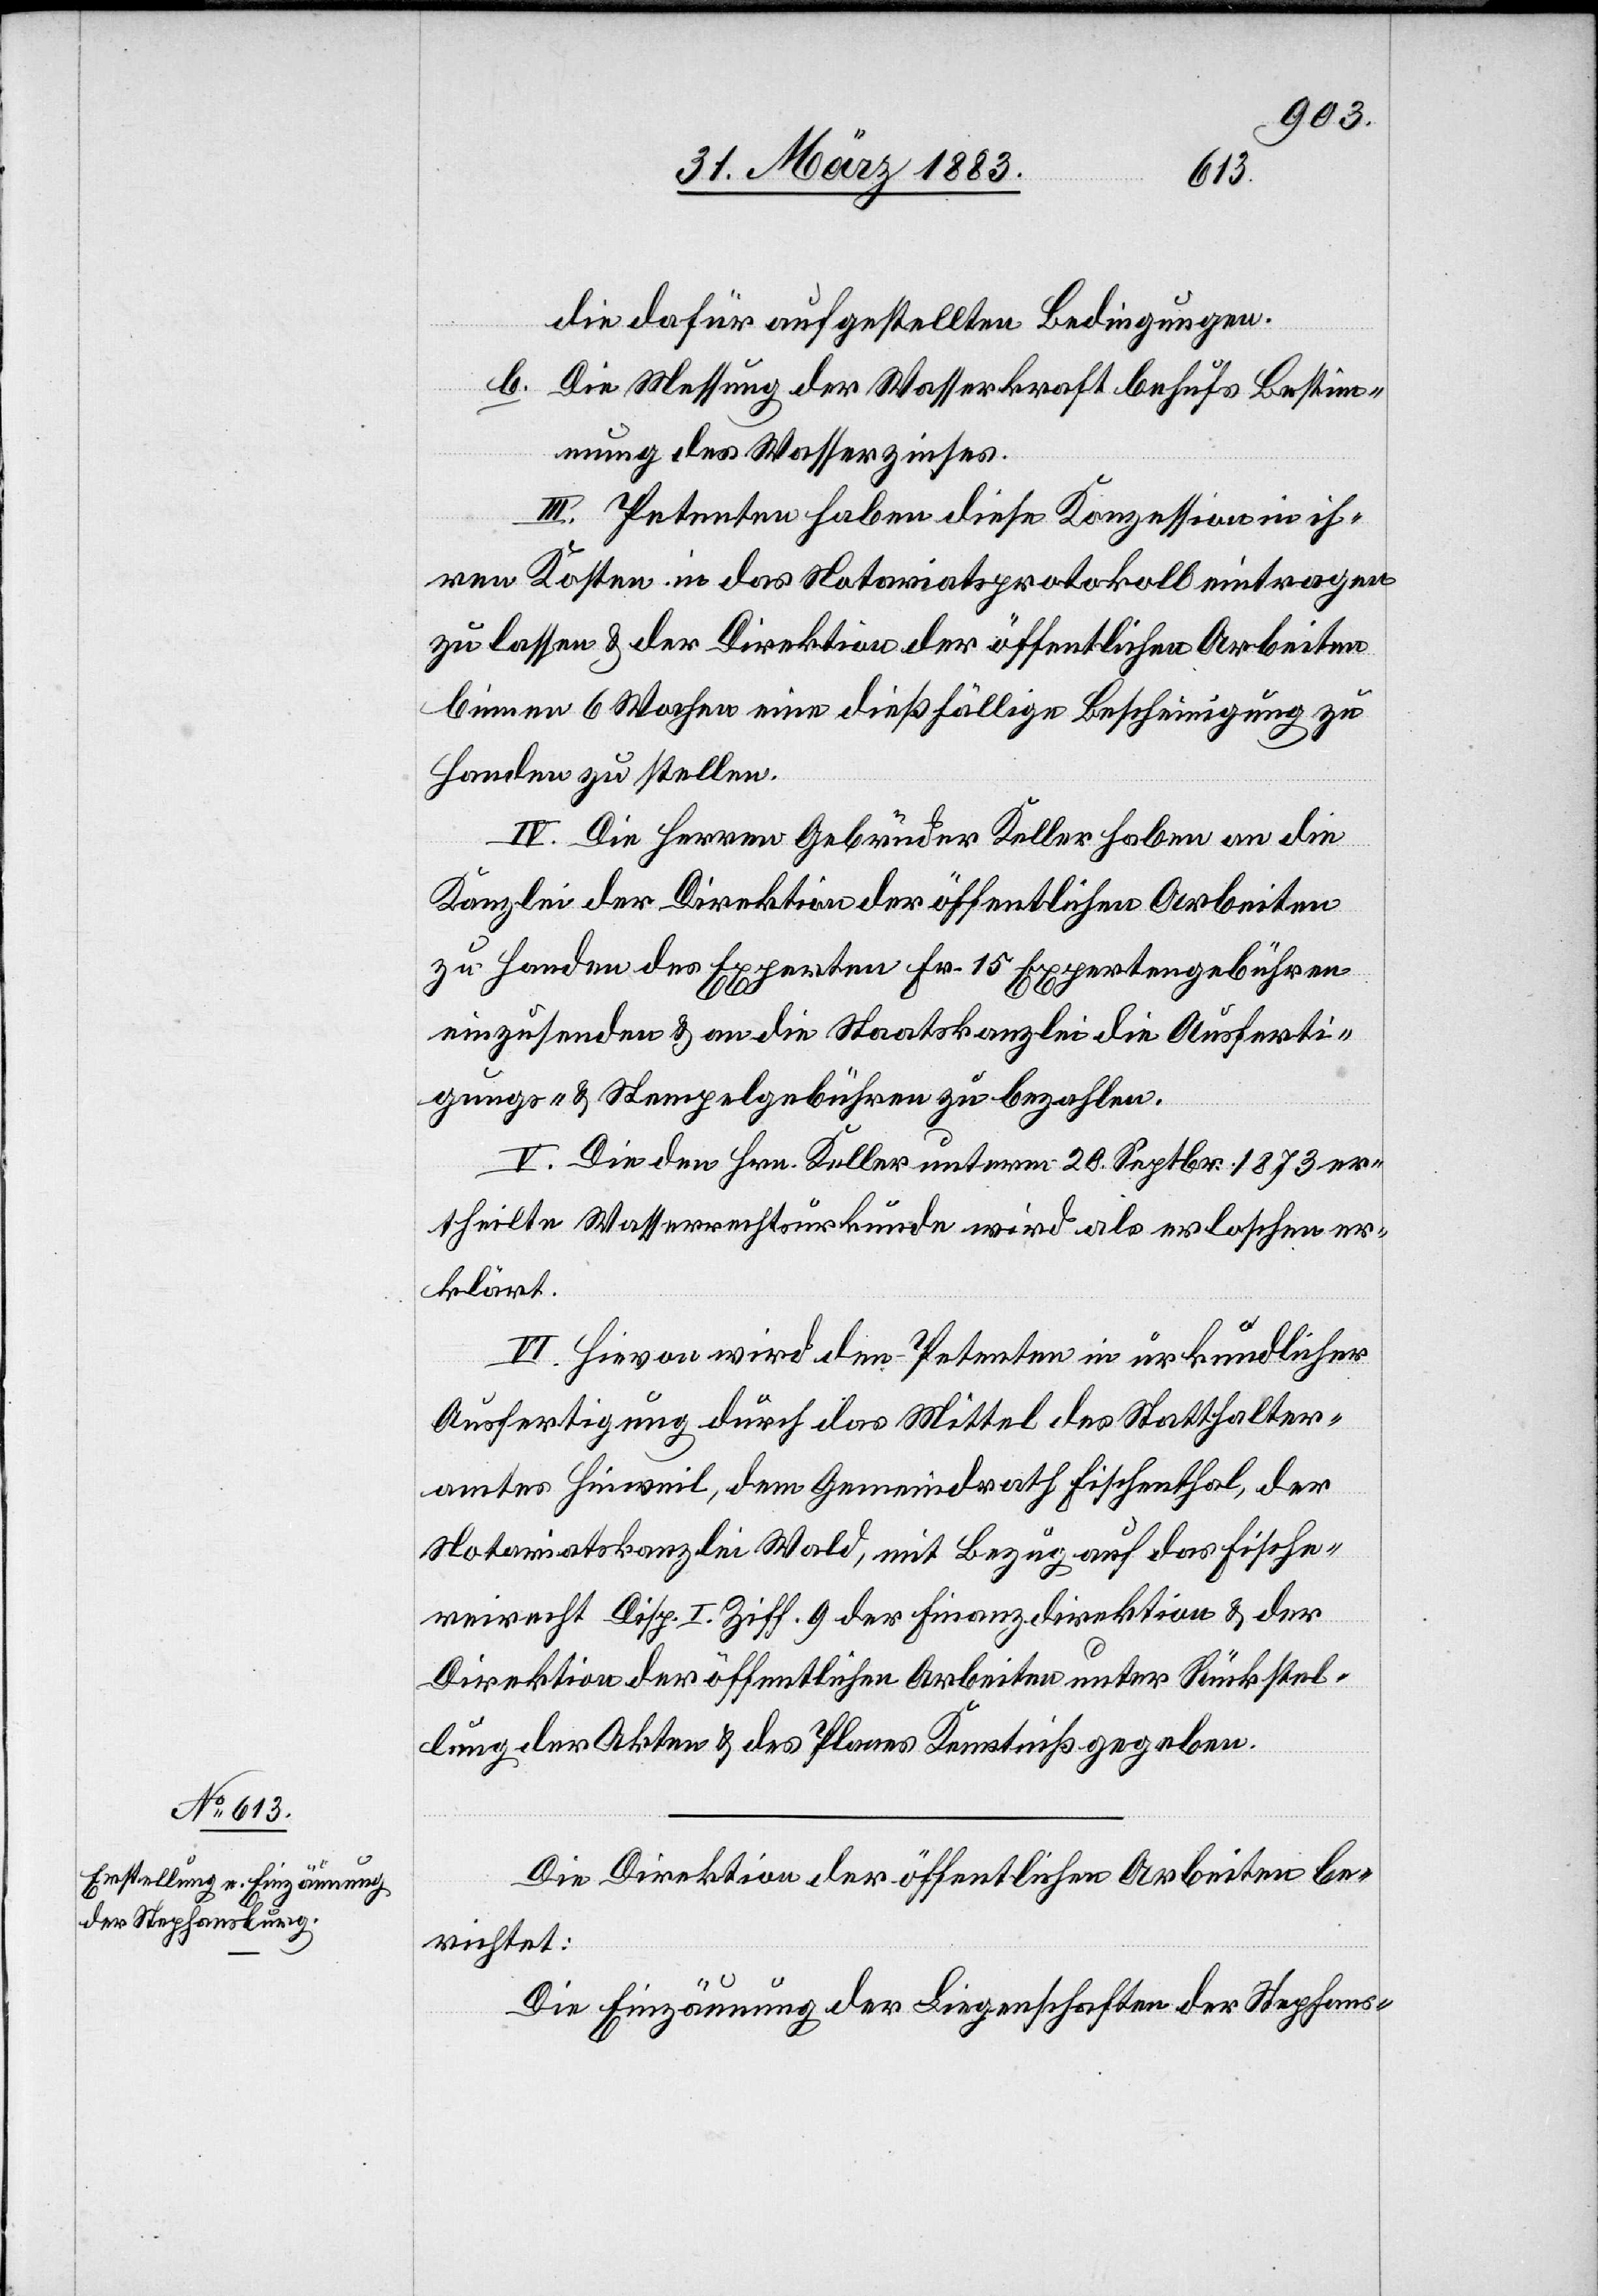
die dafür aufgestellten Bedingungen.
b. Die Messung der Wasserkraft behufs Bestim¬
mung des Wasserzinses.
III. Petenten haben diese Konzession in ih¬
ren Kosten in das Notariatsprotokoll eintragen
zu lassen & der Direktion der öffentlichen Arbeiten
binnen 6 Wochen eine dießfällige Bescheinigung zu
Handen zu stellen.
IV. Die Herren Gebrüder Keller haben an die
Kanzlei der Direktion der öffentlichen Arbeiten
zu Handen des Experten Fr. 15 Expertengebühren
einzusenden & an die Staatskanzlei die Ausferti¬
gungs- & Stempelgebühren zu bezahlen.
V. Die den Hrn. Keller unterm 20. Septbr. 1873 er¬
theilte Wasserrechtsurkunde wird als erloschen er¬
klärt.
VI. Hievon wird den Petenten in urkundlicher
Ausfertigung durch das Mittel des Statthalter¬
amtes Hinweil, dem Gemeindrath Fischenthal, der
Notariatskanzlei Wald, mit Bezug auf das Fische¬
reirecht Disp. I. Ziff. 9 der Finanzdirektion & der
Direktion der öffentlichen Arbeiten unter Rückstel¬
lung der Akten & des Planes Kenntniß gegeben.
Die Direktion der öffentlichen Arbeiten be¬
richtet:
Die Einzäunung der Liegenschaften der Stephans-